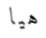
هيا